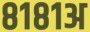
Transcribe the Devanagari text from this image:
८१८१अ